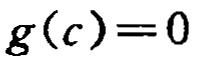
\(g(c)=0\)